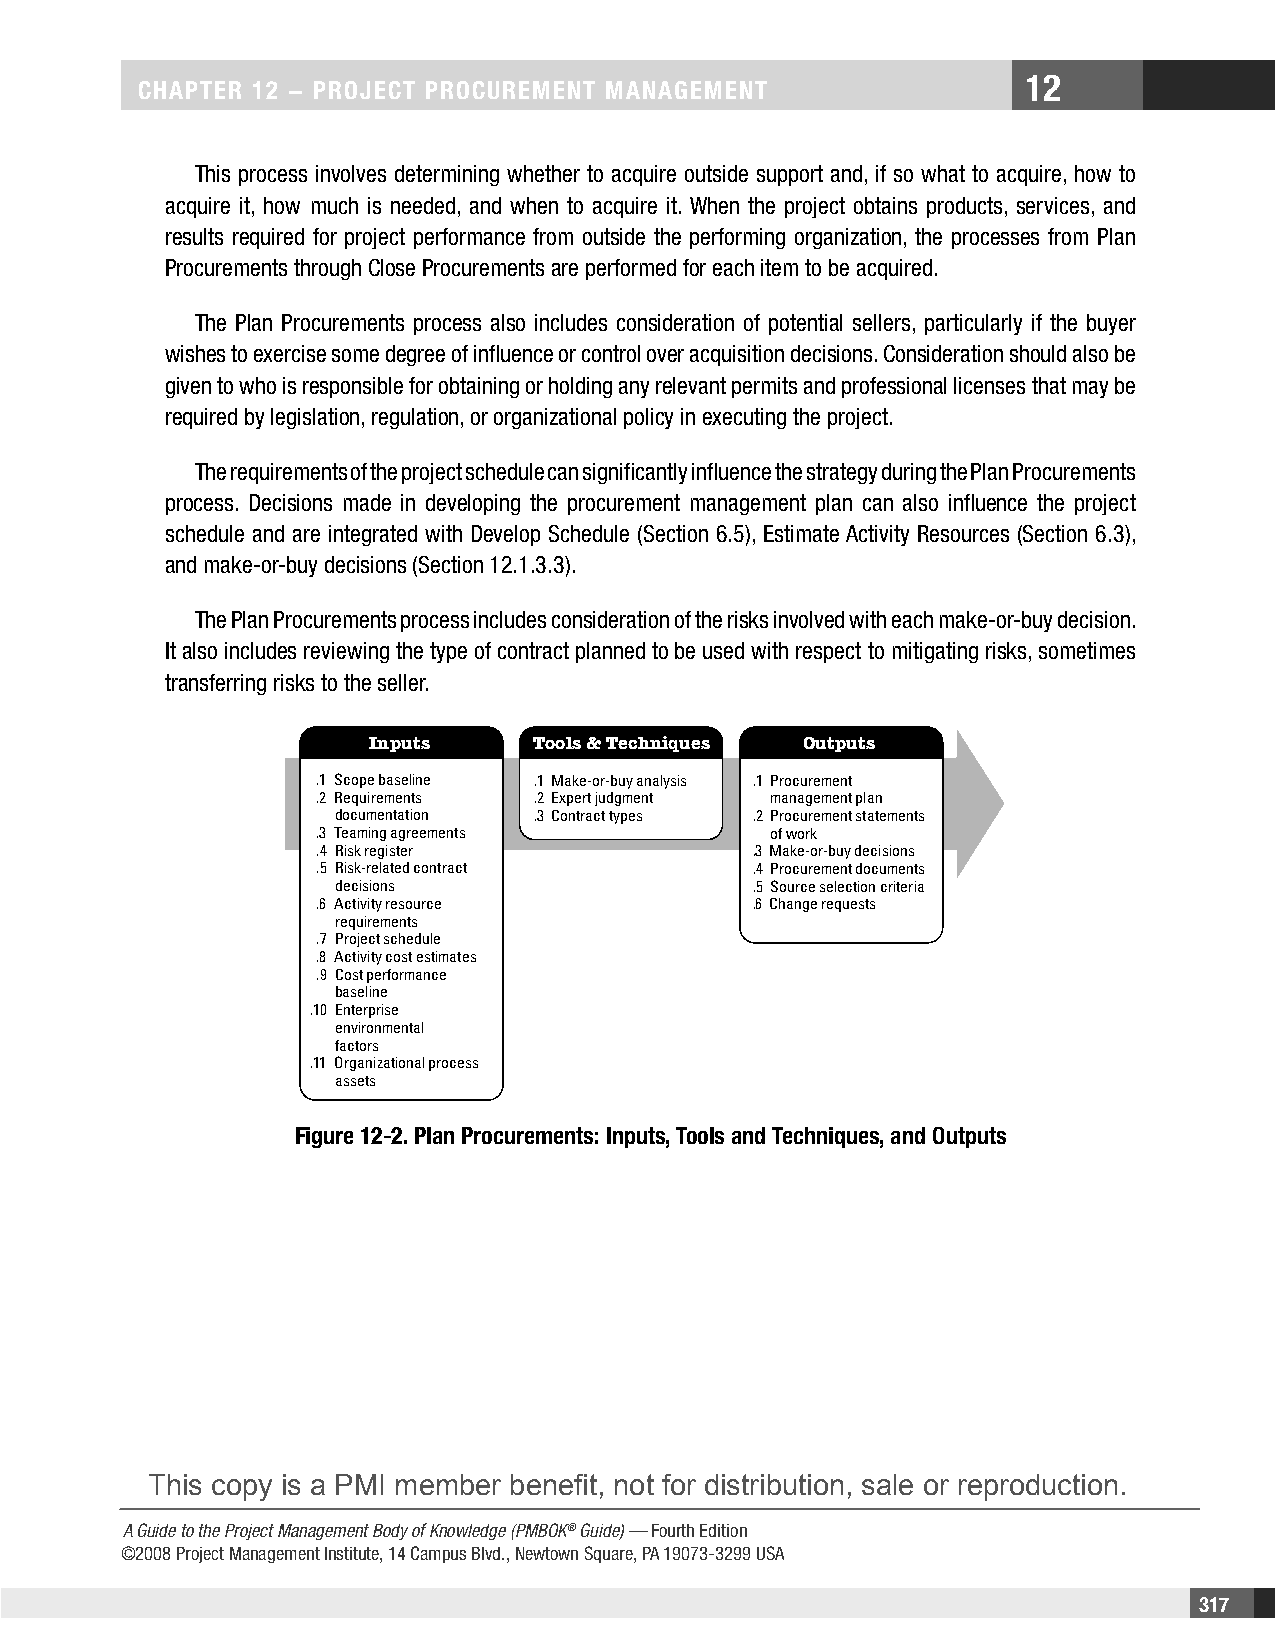
12
 CHAPTER 12 − PROjECT PROCuREMEnT MAnAgEMEnT
 This process involves determining whether to acquire outside support and, if so what to acquire, how to
 acquire it, how much is needed, and when to acquire it. When the project obtains products, services, and
 results required for project performance from outside the performing organization, the processes from Plan
 Procurements through Close Procurements are performed for each item to be acquired.
 The Plan Procurements process also includes consideration of potential sellers, particularly if the buyer
 wishes to exercise some degree of influence or control over acquisition decisions. Consideration should also be
 given to who is responsible for obtaining or holding any relevant permits and professional licenses that may be
 required by legislation, regulation, or organizational policy in executing the project.
 The requirements of the project schedule can significantly influence the strategy during the Plan Procurements
 process. Decisions made in developing the procurement management plan can also influence the project
 schedule and are integrated with Develop Schedule (Section 6.5), Estimate Activity Resources (Section 6.3),
 and make-or-buy decisions (Section 12.1.3.3).
 The Plan Procurements process includes consideration of the risks involved with each make-or-buy decision.
 It also includes reviewing the type of contract planned to be used with respect to mitigating risks, sometimes
 transferring risks to the seller.
 Inputs    Tools & Techniques Outputs
 .1 Scope baseline .1 Make-or-buy analysis .1 Procurement
 .2 Requirements .2 Expert judgment management plan
 documentation .3 Contract types .2 Procurement statements
 .3 Teaming agreements         of work
 .4 Risk register             .3 Make-or-buy decisions
 .5 Risk-related contract     .4 Procurement documents
 decisions                   .5 Source selection criteria
 .6 Activity resource         .6 Change requests
 requirements
 .7 Project schedule
 .8 Activity cost estimates
 .9 Cost performance
 baseline
 .10 Enterprise
 environmental
 factors
 .11 Organizational process
 assets
 Figure 12-2. Plan Procurements: Inputs, Tools and Techniques, and Outputs
 This copy is a PMI member benefit, not for distribution, sale or reproduction.
 A Guide to the Project Management Body of Knowledge (PMBOK® Guide) — Fourth Edition
 ©2008 Project Management Institute, 14 Campus Blvd., Newtown Square, PA 19073-3299 USA
 317